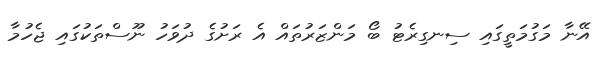
އޭނާ މަގުމަތީގައި ސިނގިރެޓު ބޯ މަންޒަރުތައް އެ ރަށުގެ ދުވަހު ނޫސްތަކުގައި ޖެހުމާ